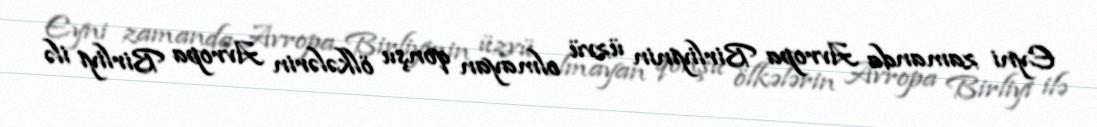
Eyni zamanda Avropa Birliyinin üzvü olmayan qonşu ölkələrin Avropa Birliyi ilə